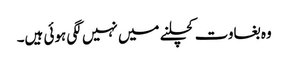
وہ بغاوت کچلنے میں نہیں لگی ہوئی ہیں۔